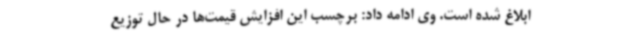
ابلاغ شده است. وی ادامه داد: برچسب این افزایش قیمت‌ها در حال توزیع